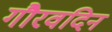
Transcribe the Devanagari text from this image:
गौरवदिन